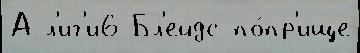
А л'иг'и6 Бл'ейдс по́пр'ище